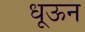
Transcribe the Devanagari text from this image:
धूऊन